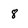
Character: 8